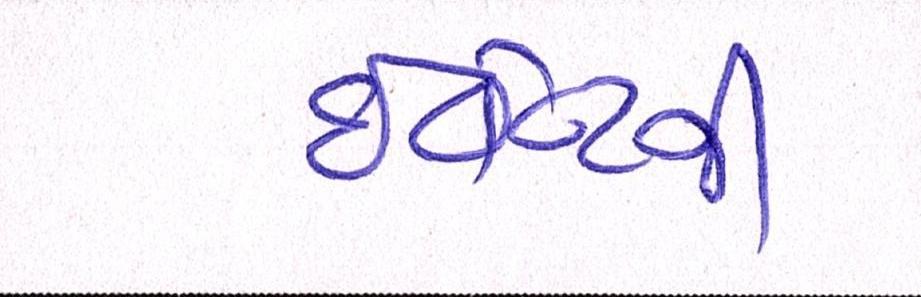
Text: ઇવેન્ટની